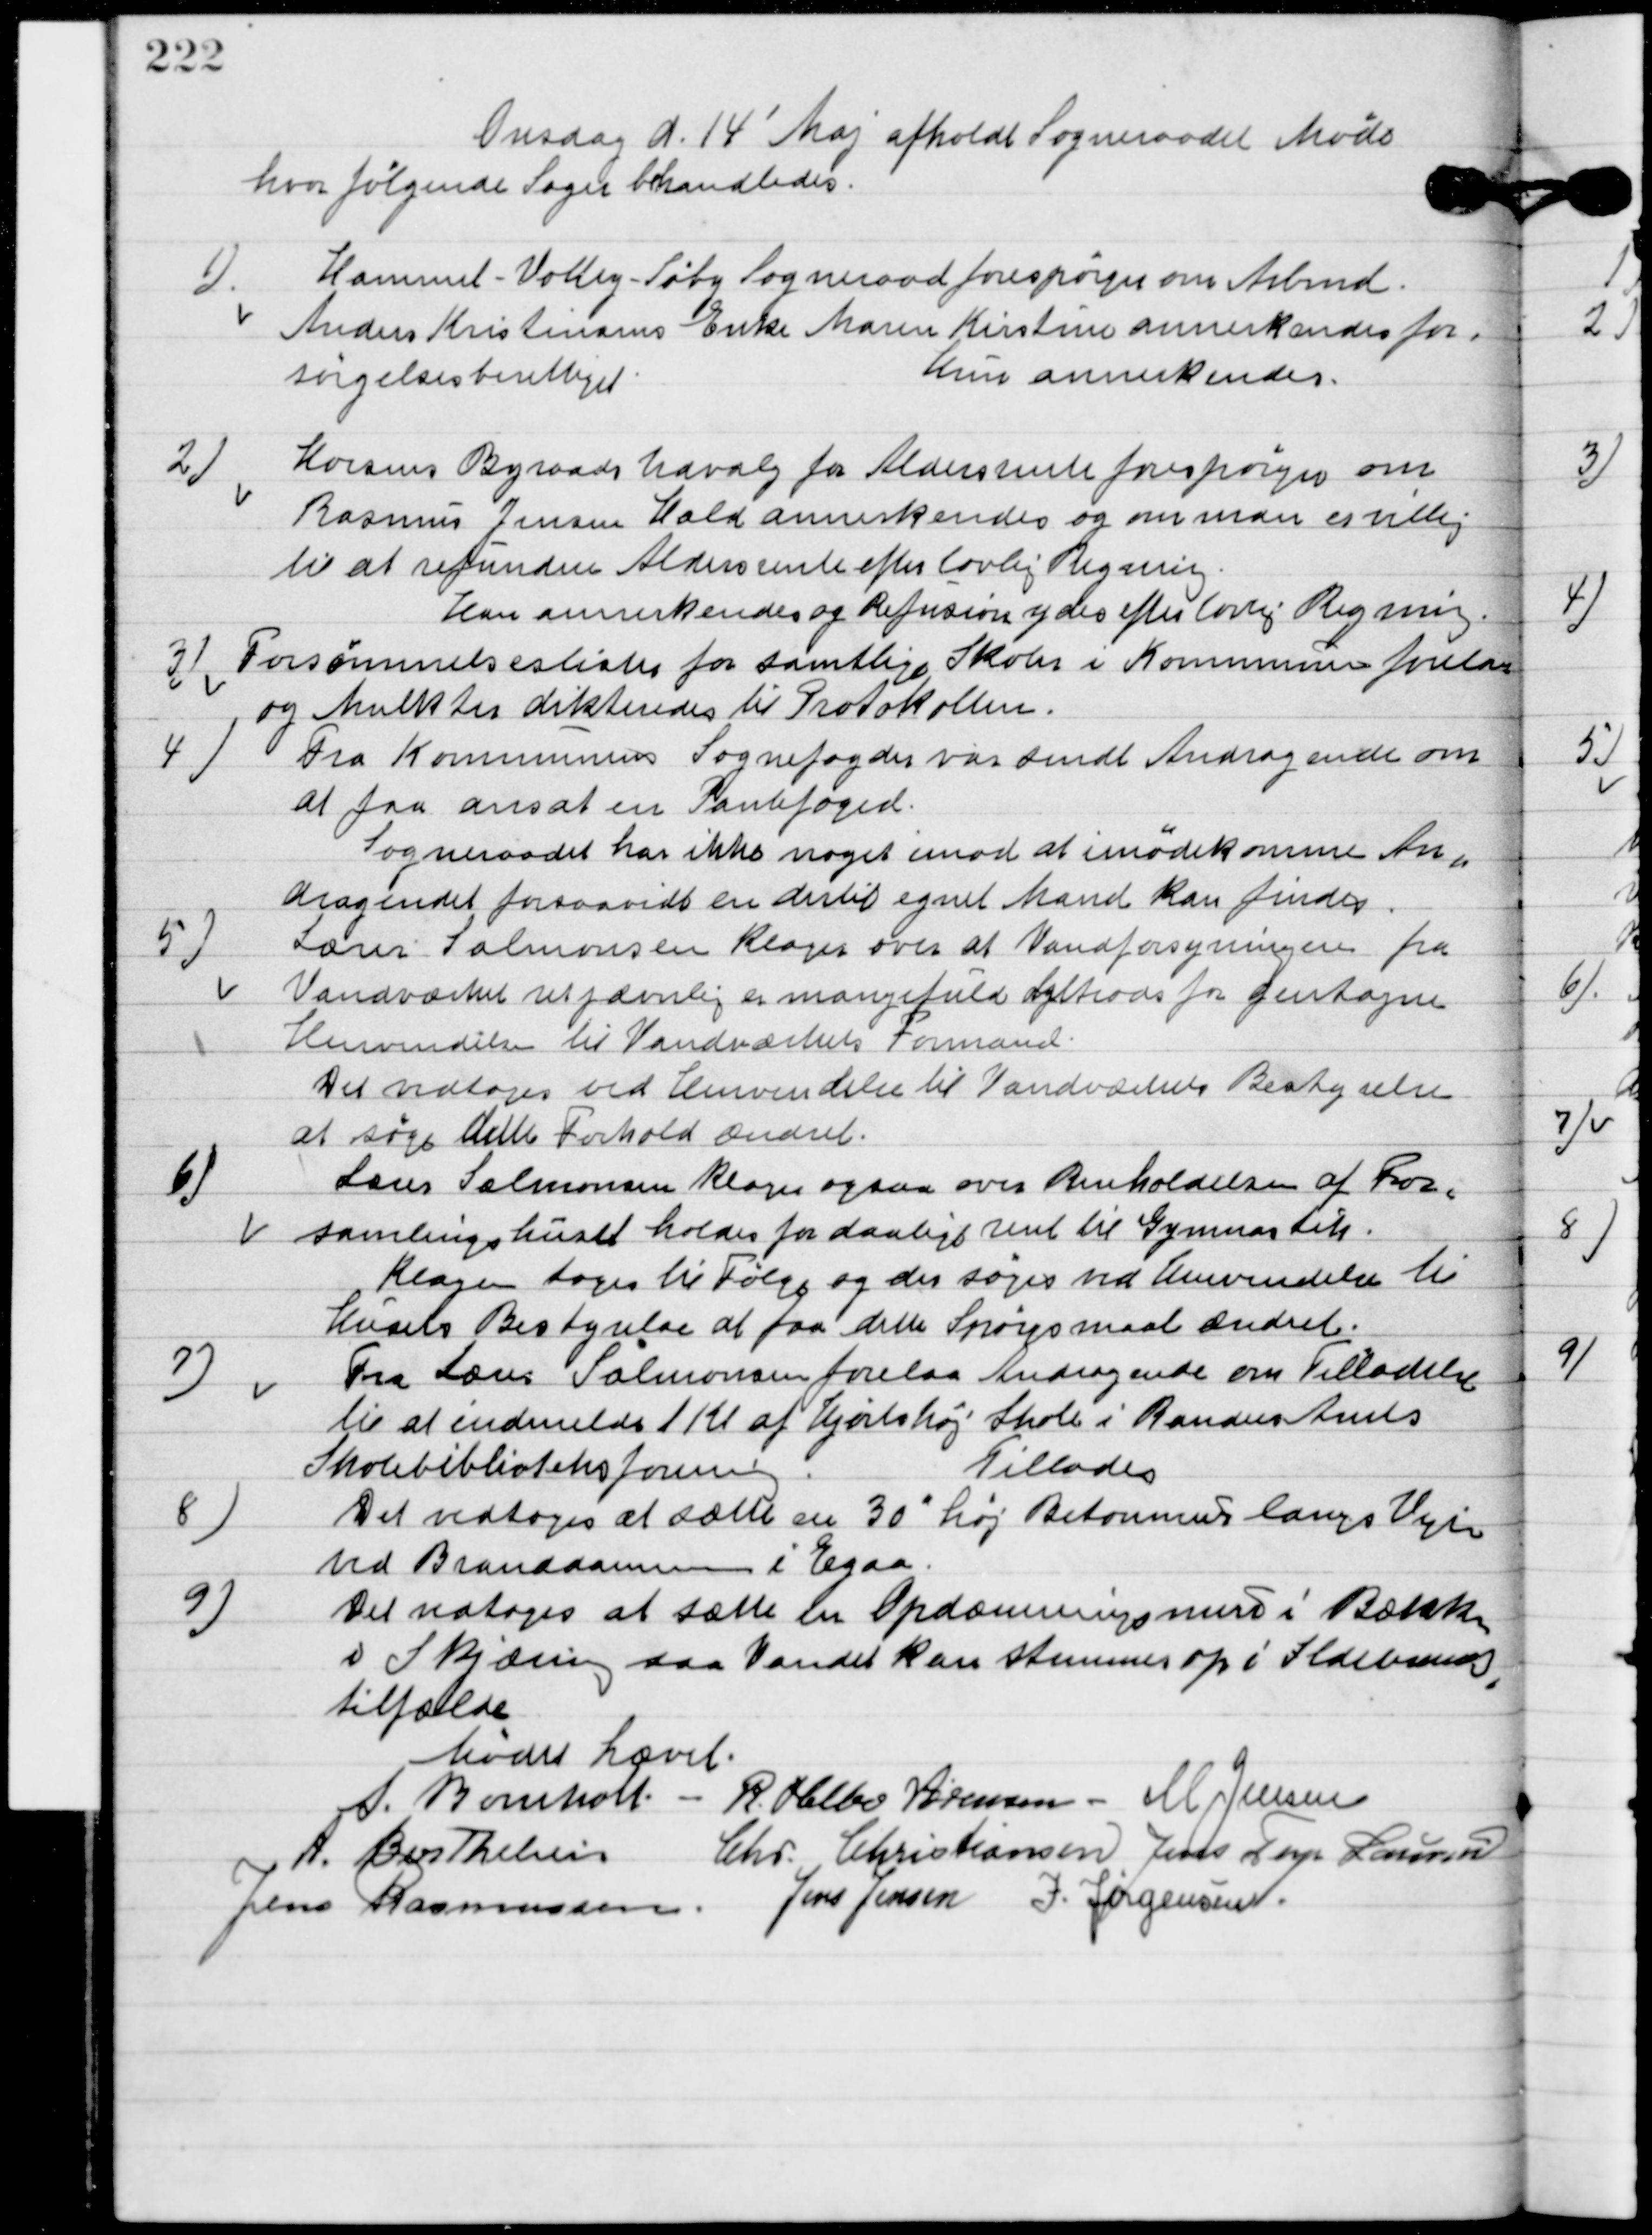
Transskription:
Onsdag d. 14´Maj afholdt Sogneraadet Møde
hvor følgende sager behandledes.

1

Hammel-Voldby-Søby Sogneraad forespørger om Arbmd.
Anders Kristians Enke Maren Kirstine annerkendes for-
sørgelsesberettiget.
Hun annerkendes.

2

Horsens Byraads Udvalg for Aldersrente forespørger om
Rasmus Jensen Hald annerkendes og om man er villig
til at refundere Aldersrente efter lovlig Regning.
Han annerkendes og Refusion ydes efter lovlig Regning.

3

Forsømmelseslisterne for samtlige Skoler i kommunen forelaa
og Mulkter dikteredes til Protokollen.

4

Fra Kommunens Sognefogeds var sendt Andragende om
at faa ansat en Pantefoged.
Sogneraadet har ikke noget imod at imødekomme An-
dragendet forsaavidt en dertil egnet mand kan findes.

5

Lærer Salomonsen klager over at vandforsyningen fra
Vandværket er jævnlig en mangelfuld tiltrods for gentagne
henvendelse til vandværkets formand.
Det vedtages ved henvendelse til vandværkets Bestyrelse
at søge dette Forhold ændret.

6

Lærer Salomonsen klager ogsaa over Renholdelsen af For-
samlingshuset holder for daarligt rent til Gymnastik.
Klagen toges til Følge og der søges ved anvendelse til
hverves Bestyrelse at faa dette Spørgsmaal ændret.

7

Fra lære Salomonsen forelaa Andragende om Tilladelse
til at indmelde 1 Kl. af Hjortshøj skole i Randers Amts
Skolebiblioteksforening.
Tillades.

8

Det vedtoges at sætte en 30 høj Betonmur langs Vejen
ved Branddammen i Egaa.

9

Det vedtoges at sætte en Opdæmningsmur i Bækken
i Skjæring saa Vandet kan stemmes op i Ildebrands
tilfælde.

Mødet hævet.

A. Bomholt
R. Helbo Sørensen
M. Jensen
A. Berthelsen
Chr. Christiansen
Jens Terp Laursen
Jens Rasmussen
Jens Jensen
I. Jørgensen.